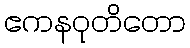
ဧကနဝုတိတော